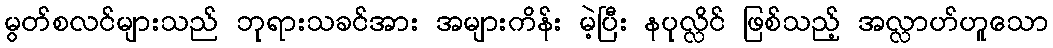
မွတ်စလင်များသည် ဘုရားသခင်အား အများကိန်း မဲ့ပြီး နပုလ္လိင် ဖြစ်သည့် အလ္လာဟ်ဟူသော